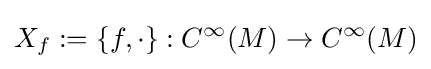
X_{f}:=\{f,\cdot \}:{C^{\infty }}(M)\to {C^{\infty }}(M)